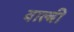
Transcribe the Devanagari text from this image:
वाल्बी